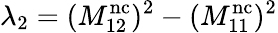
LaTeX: \lambda_{2}=(M_{12}^{\mathrm{nc}})^{2}-(M_{11}^{\mathrm{nc}})^{2}